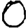
Digit: 0